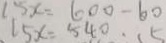
1 5 x = 6 0 0 - 6 0 1 5 x = 5 4 0 \cdot 1 5